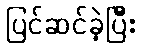
ပြင်ဆင်ခဲ့ပြီး